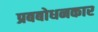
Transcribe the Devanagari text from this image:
प्रबबोधनकार